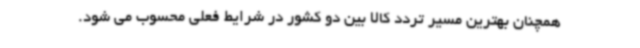
همچنان بهترین مسیر تردد کالا بین دو کشور در شرایط فعلی محسوب می شود.